Vaccination in Bombay 1863-1868 - 1863-1868
Year: 1863
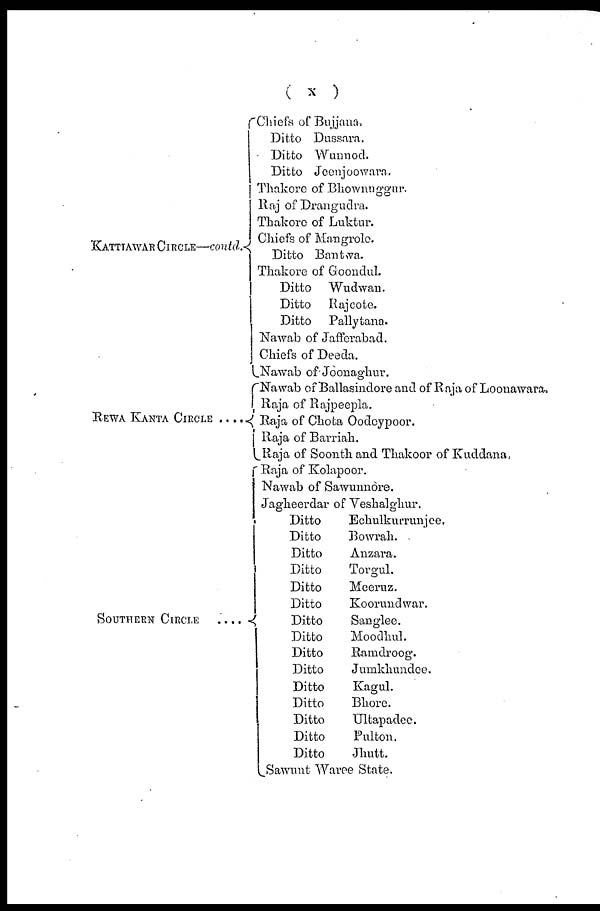
( x )
KATTIAWAR CIRCLE—contd.
REWA KANTA CIRCLE ...
SOUTHERN CIRCLE
....
Chiefs of Bujjana.
Ditto Dussara.
Ditto Wunnod.
Ditto Joenjoowara.
Thakore of Bhownuggur.
Raj of Drangudra.
Thakore of Luktur.
Chiefs of Mangrole.
Ditto Bantwa.
Thakore of Goondul.
Ditto Wudwan.
Ditto
Rajcote.
Ditto
Pallytana.
Nawab of Jafferabad.
Chiefs of Deeda.
Nawab of Joonaghur.
Nawab of Ballasindore and of Raja of Loonawara.
Raja of Rajpeepla.
Raja of Chota Oodoypoor.
Raja of Bavriah.
Raja of Soonth and Thakoor of Kuddana,
Raja of Kolapoor.
Nawab of Sawunnore.
Jagheerdar of Veshalghur.
Ditto
Eckulkurrunjee.
Ditto
Bowrah.
Ditto
Anzara.
Ditto
Torgul.
Ditto
Meeruz.
Ditto
Koorundwar.
Ditto
Sanglee.
Ditto
Moodhul.
Ditto
Ramdroog.
Ditto
Jumkhundee.
Ditto
Kagul.
Ditto
Bhore.
Ditto
Ultapadee.
Ditto
Pulton.
Ditto
Jhutt.
Sawunt Waree State.